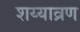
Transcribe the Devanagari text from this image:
शय्याव्रण